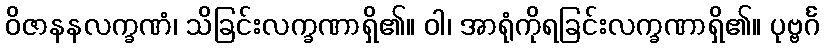
ဝိဇာနနလက္ခဏံ၊ သိခြင်းလက္ခဏာရှိ၏။ ဝါ၊ အာရုံကိုရခြင်းလက္ခဏာရှိ၏။ ပုဗ္ဗင်္ဂ